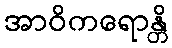
အာဝိကရောန္တိ